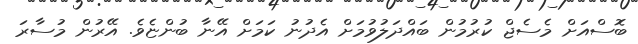
ބޮސްއަށް މެސެޖް ކުރުމުން ބައްދަލުވުމަށް އެދުނު ކަމަށް އޭނާ ބުންޏެވެ. އޭރުން މުސާރަ